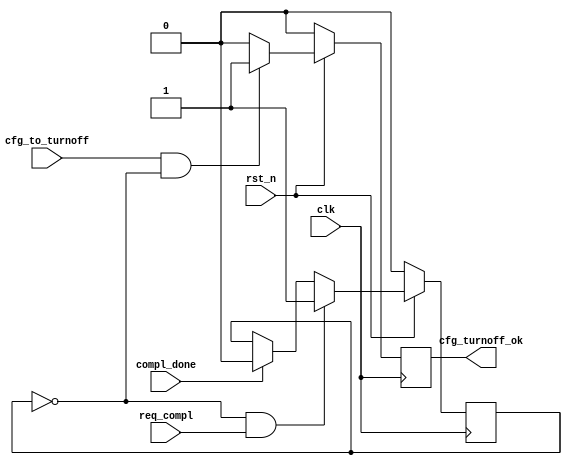
module PIO_TO_CTRL #(
  parameter TCQ = 1
) (
  input               clk,
  input               rst_n,

  input               req_compl,
  input               compl_done,

  input               cfg_to_turnoff,
  output  reg         cfg_turnoff_ok
  );

  reg                 trn_pending;



  //  Check if completion is pending


  always @ ( posedge clk ) begin

    if (!rst_n )
    begin

      trn_pending <= #TCQ 0;

    end
    else
    begin

      if (!trn_pending && req_compl)

        trn_pending <= #TCQ 1'b1;

      else if (compl_done)

        trn_pending <= #TCQ 1'b0;

    end

  end


  //  Turn-off OK if requested and no transaction is pending


  always @ ( posedge clk ) begin

    if (!rst_n )
    begin

      cfg_turnoff_ok <= #TCQ 1'b0;

    end
    else
    begin

      if ( cfg_to_turnoff  && !trn_pending)
        cfg_turnoff_ok <= #TCQ 1'b1;
      else
        cfg_turnoff_ok <= #TCQ 1'b0;

    end

  end


endmodule